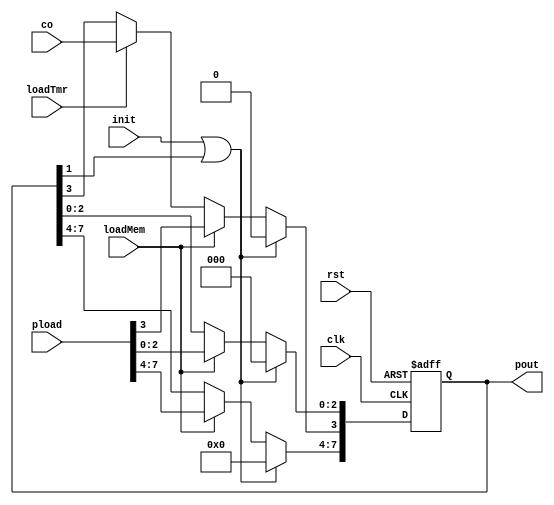
`timescale 1ns/1ns
module CNFregister (
    input clk,
    input rst,
    input loadMem,
    input loadTmr,
    input init,
    input [7:0] pload,
    input co,
    output reg [7:0] pout
);


    always @(posedge clk, posedge rst) begin
        if (rst == 1)
            pout <= 8'b0;
        else if(init | pout[1])
            pout <= 8'b0;
        else if (loadMem == 1)
            pout[7:0] <= pload;
        else if (loadTmr == 1)
            pout[3] <= co;
    end


endmodule